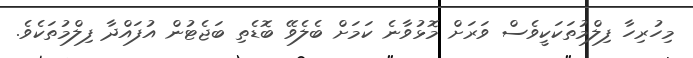
މިހުރިހާ ފިލްމުތަކަކީވެސް ވަރަށް މޮޅުވާނެ ކަމަށް ބެލެވޭ ބޮޑެތި ބަޖެޓުން އުފައްދާ ފިލްމުތަކެވެ.